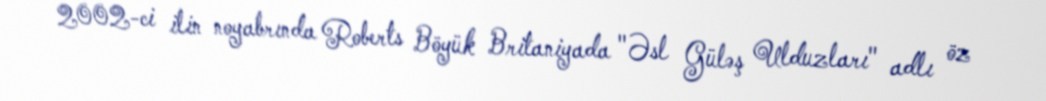
2002-ci ilin noyabrında Roberts Böyük Britaniyada "Əsl Güləş Ulduzları" adlı öz